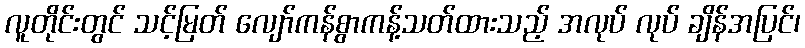
လူတိုင်းတွင် သင့်မြတ် လျော်ကန်စွာကန့်သတ်ထားသည့် အလုပ် လုပ် ချိန်အပြင်၊